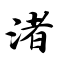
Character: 渚